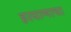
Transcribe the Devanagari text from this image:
हरयाणाचा